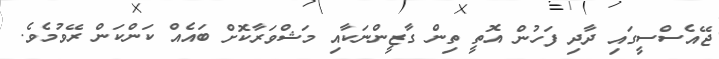
ޖޭއެސްސީގައި ދާދި ފަހުން އޮތީ ތިން ގާޒީންނަކާއި މަޝްވަރާކޮށް ބައެއް ކަންކަން ރޭވުމެވެ.